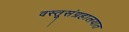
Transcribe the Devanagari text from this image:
वस्तूसंग्रहालयात